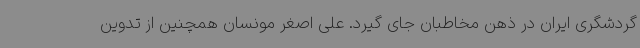
گردشگری ایران در ذهن مخاطبان جای گیرد. علی اصغر مونسان همچنین از تدوین